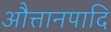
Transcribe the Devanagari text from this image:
औत्तानपादि